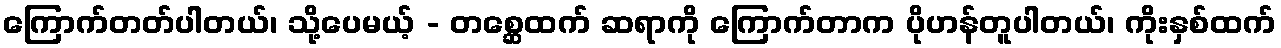
ကြောက်တတ်ပါတယ်၊ သို့ပေမယ့် - တစ္ဆေထက် ဆရာကို ကြောက်တာက ပိုဟန်တူပါတယ်၊ ကိုးနှစ်ထက်